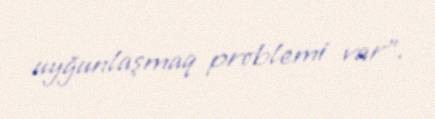
uyğunlaşmaq problemi var”.